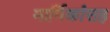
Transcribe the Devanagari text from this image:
मार्गिकांसह